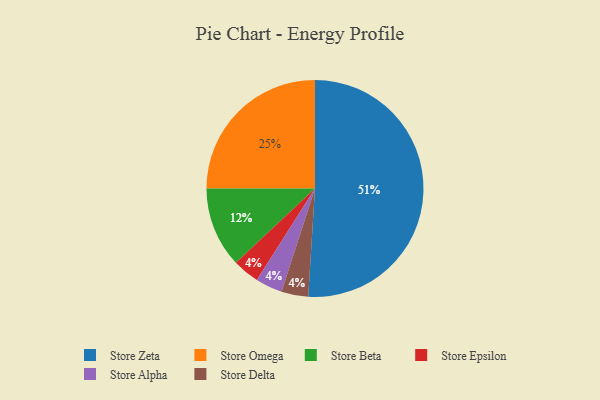
{"axis": {"x": "Category", "y": "Percentage"}, "legend": ["Store Alpha", "Store Beta", "Store Delta", "Store Epsilon", "Store Omega", "Store Zeta"], "data": [{"x": "Store Epsilon", "y": 4, "type": "Store Epsilon"}, {"x": "Store Omega", "y": 25, "type": "Store Omega"}, {"x": "Store Alpha", "y": 4, "type": "Store Alpha"}, {"x": "Store Beta", "y": 12, "type": "Store Beta"}, {"x": "Store Zeta", "y": 51, "type": "Store Zeta"}, {"x": "Store Delta", "y": 4, "type": "Store Delta"}]}